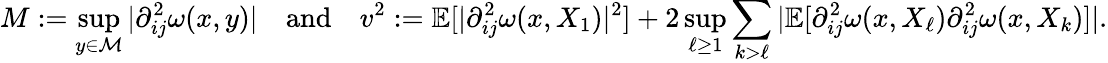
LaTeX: M:=\operatorname*{sup}_{y\in\mathcal{M}}\vert\partial_{ij}^{2}\omega(x,y)\vert\quad\mathrm{and}\quad v^{2}:=\mathbb{E}[\vert\partial_{ij}^{2}\omega(x,X_{1})\vert^{2}]+2\operatorname*{sup}_{\ell\geq 1}\sum_{k>\ell}\vert\mathbb{E}[\partial_{ij}^{2}\omega(x,X_{\ell})\partial_{ij}^{2}\omega(x,X_{k})]\vert.